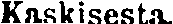
Kaskisesta.